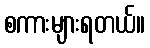
စကားများရတယ်။